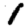
Digit: 1